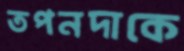
তপনদাকে